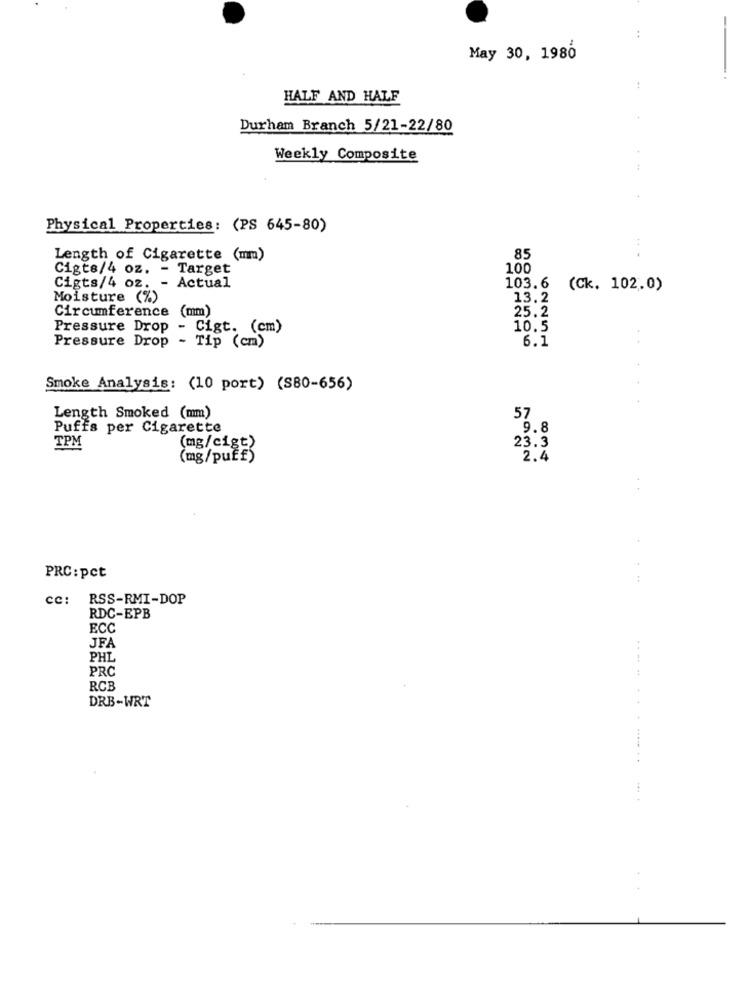
..
May 30, 1980
HALF AND HALF
Durham Branch 5/21-22/80
Weekly Composite
Physical Properties: (PS 645-80)
Length of Cigarette (mm)
85
Cigts/4 oz. - Target
100
Cigts/4 oz.
- Actual
103.6
(Ck. 102.0)
Moisture (%)
13.2
Circumference (mm)
25.2
Pressure Drop - Cigt. (cm)
10.5
Pressure Drop - Tip (cm)
6.1
Smoke Analysis: (10 port) (S80-656)
Length Smoked (mm)
57
Puffs per Cigarette
9.8
TPM
(mg/cigt)
23.3
(mg/puÈE)
2.4
PRC: pct
cc:
RSS-RMI-DOP
RDC-EPB
ECC
JFA
PHL
PRC
RCB
DRB-WRT